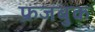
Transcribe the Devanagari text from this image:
फ्रजबुक